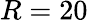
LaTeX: R=20